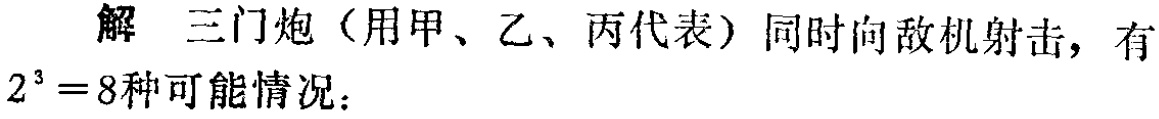
解 三门炮（用甲、乙、丙代表）同时向敌机射击，有

\(2^{3}=8\)种可能情况：